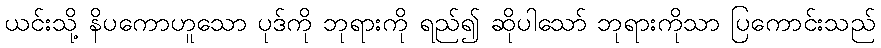
ယင်းသို့ နိပကောဟူသော ပုဒ်ကို ဘုရားကို ရည်၍ ဆိုပါသော် ဘုရားကိုသာ ပြကောင်းသည်